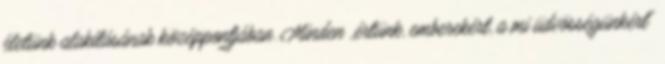
életünk alakításának középpontjában. Minden ,,értünk, emberekért, a mi üdvösségünkért"